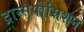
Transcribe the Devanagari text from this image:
ट्रान्सपोसिशन